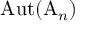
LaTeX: \operatorname { A u t } ( \mathrm { A } _ { n } )